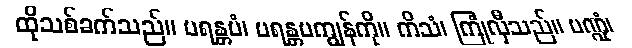
ထိုသစ်ခက်သည်။ ပရန္တပံ၊ ပရန္တပကျွန်ကို။ ကိသံ၊ ကြုံလှီသည်။ ပဏ္ဍုံ၊